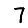
Digit: 7